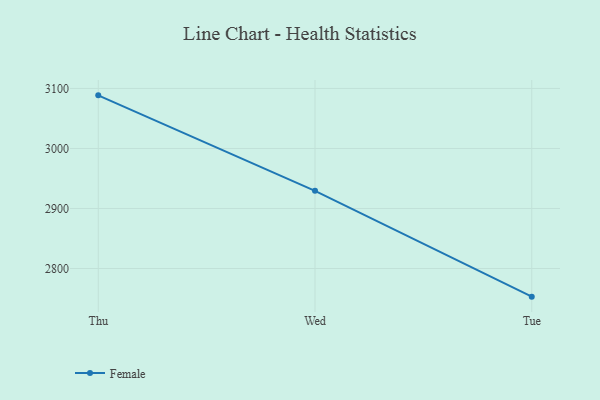
{"axis": {"x": "Day", "y": "Headcount"}, "legend": ["Female"], "data": [{"x": "Thu", "y": 3088.5, "type": "Female"}, {"x": "Wed", "y": 2929.4, "type": "Female"}, {"x": "Tue", "y": 2753.1, "type": "Female"}]}